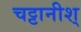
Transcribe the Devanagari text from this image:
चट्टानीश्